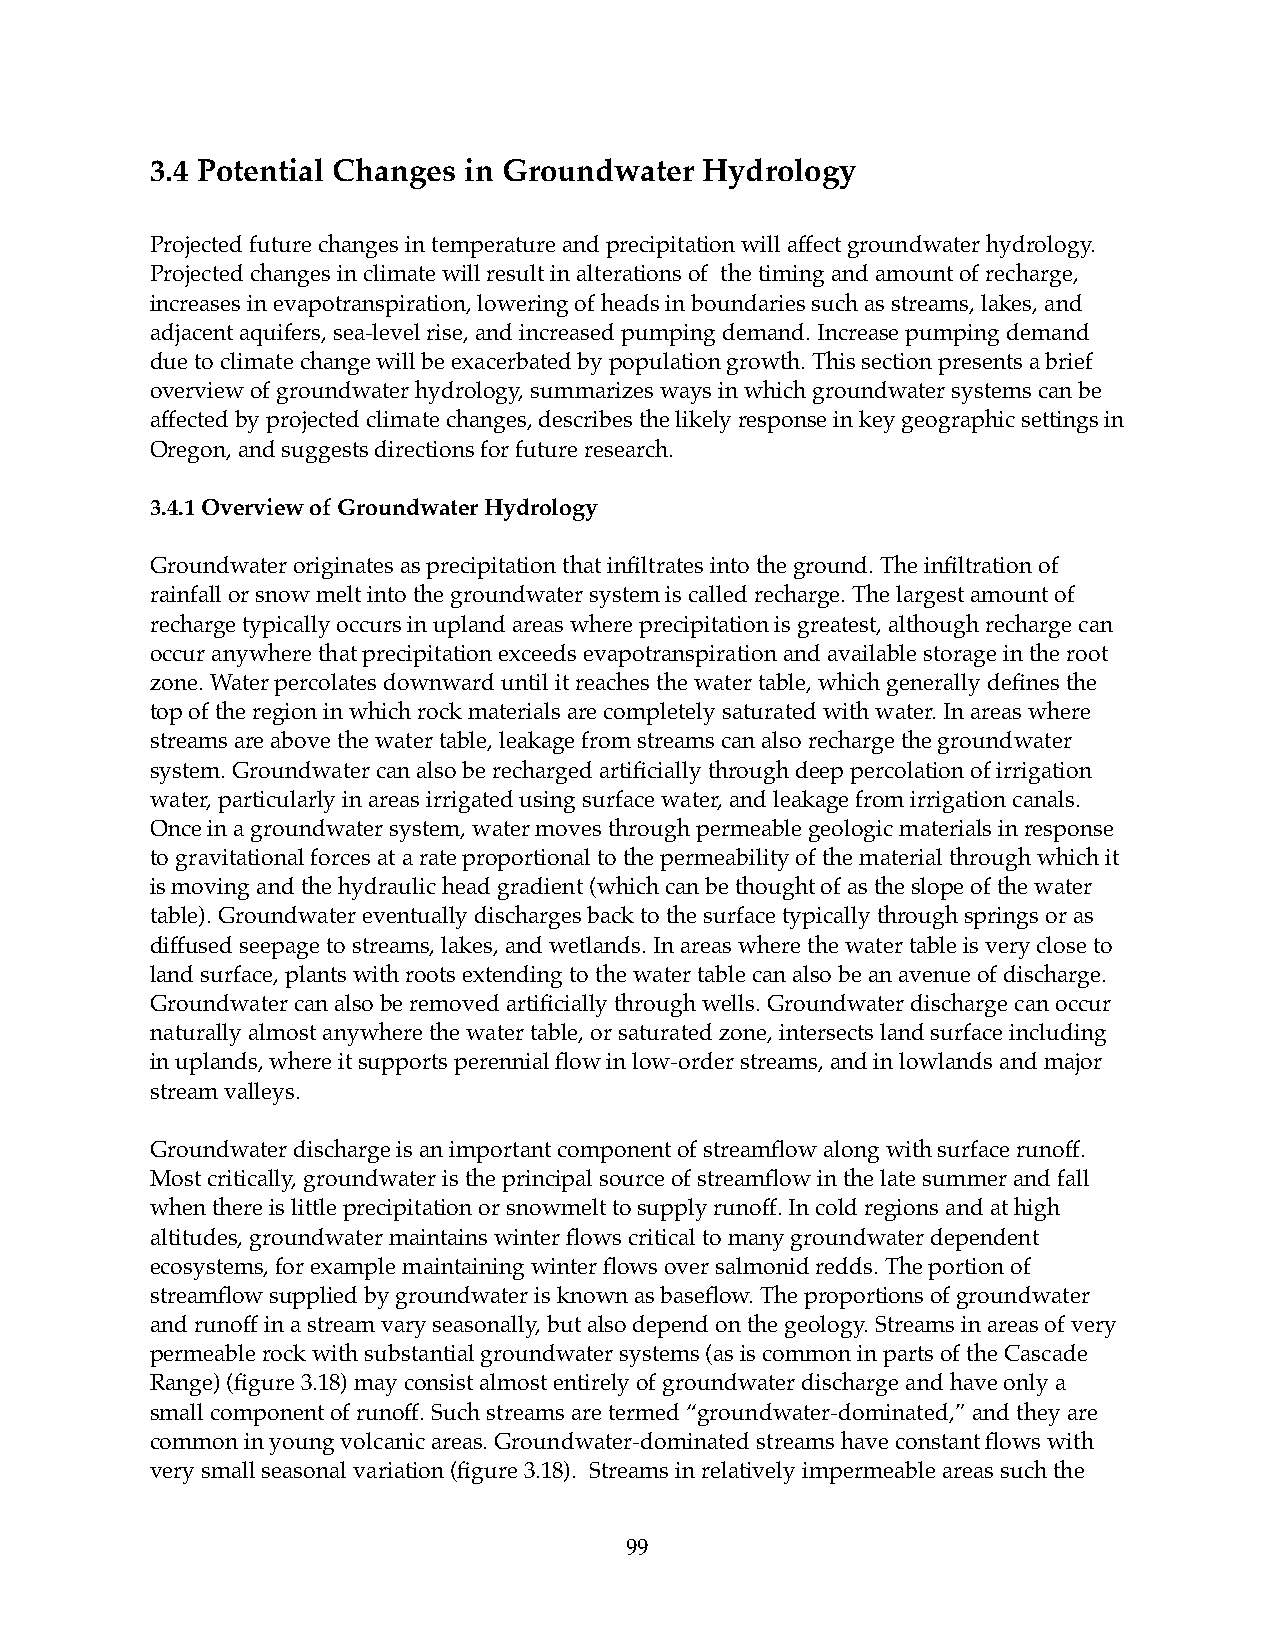
3.4 Potential Changes in Groundwater Hydrology
 Projected future changes in temperature and precipitation will affect groundwater hydrology.
 Projected changes in climate will result in alterations of the timing and amount of recharge,
 increases in evapotranspiration, lowering of heads in boundaries such as streams, lakes, and
 adjacent aquifers, sea-level rise, and increased pumping demand. Increase pumping demand
 due to climate change will be exacerbated by population growth. This section presents a brief
 overview of groundwater hydrology, summarizes ways in which groundwater systems can be
 affected by projected climate changes, describes the likely response in key geographic settings in
 Oregon, and suggests directions for future research.
 3.4.1 Overview of Groundwater Hydrology
 Groundwater originates as precipitation that infiltrates into the ground. The infiltration of
 rainfall or snow melt into the groundwater system is called recharge. The largest amount of
 recharge typically occurs in upland areas where precipitation is greatest, although recharge can
 occur anywhere that precipitation exceeds evapotranspiration and available storage in the root
 zone. Water percolates downward until it reaches the water table, which generally defines the
 top of the region in which rock materials are completely saturated with water. In areas where
 streams are above the water table, leakage from streams can also recharge the groundwater
 system. Groundwater can also be recharged artificially through deep percolation of irrigation
 water, particularly in areas irrigated using surface water, and leakage from irrigation canals.
 Once in a groundwater system, water moves through permeable geologic materials in response
 to gravitational forces at a rate proportional to the permeability of the material through which it
 is moving and the hydraulic head gradient (which can be thought of as the slope of the water
 table). Groundwater eventually discharges back to the surface typically through springs or as
 diffused seepage to streams, lakes, and wetlands. In areas where the water table is very close to
 land surface, plants with roots extending to the water table can also be an avenue of discharge.
 Groundwater can also be removed artificially through wells. Groundwater discharge can occur
 naturally almost anywhere the water table, or saturated zone, intersects land surface including
 in uplands, where it supports perennial flow in low-order streams, and in lowlands and major
 stream valleys.
 Groundwater discharge is an important component of streamflow along with surface runoff.
 Most critically, groundwater is the principal source of streamflow in the late summer and fall
 when there is little precipitation or snowmelt to supply runoff. In cold regions and at high
 altitudes, groundwater maintains winter flows critical to many groundwater dependent
 ecosystems, for example maintaining winter flows over salmonid redds. The portion of
 streamflow supplied by groundwater is known as baseflow. The proportions of groundwater
 and runoff in a stream vary seasonally, but also depend on the geology. Streams in areas of very
 permeable rock with substantial groundwater systems (as is common in parts of the Cascade
 Range) (figure 3.18) may consist almost entirely of groundwater discharge and have only a
 small component of runoff. Such streams are termed “groundwater-dominated,” and they are
 common in young volcanic areas. Groundwater-dominated streams have constant flows with
 very small seasonal variation (figure 3.18). Streams in relatively impermeable areas such the
 99